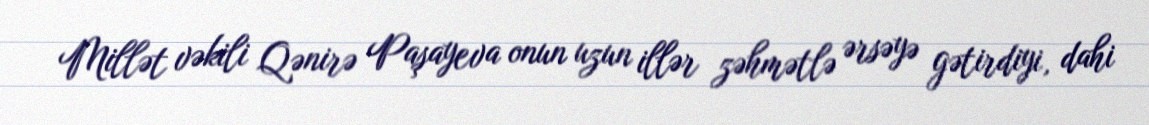
Millət vəkili Qənirə Paşayeva onun uzun illər zəhmətlə ərsəyə gətirdiyi, dahi